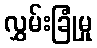
လွှမ်းခြုံမှု